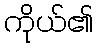
ကိုယ်၏